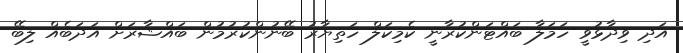
އަދި ވިދާޅުވީ ހަމަލާ ބައްޓަންކުރާނީ ކެމިކަލް ހަތިޔާރު ބޭނުންކުރުމުން ބައްޝާރަށް އަދަބެއް ލިބޭ